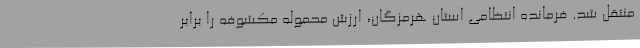
منتقل شد. فرمانده انتظامی استان هرمزگان، ارزش محموله مکشوفه را برابر